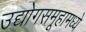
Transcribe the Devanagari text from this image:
उद्योगसमूहामध्ये